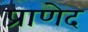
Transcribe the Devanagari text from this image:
प्राणेद